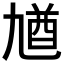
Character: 𠄁